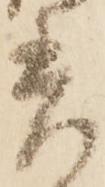
差